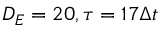
D _ { E } = 2 0 , \tau = 1 7 \Delta t